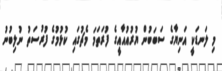
މި ލަނޑަކީ އަނިޔާގެ ސަބަބުން ޔުރުއުއާއީގެ ފުރަތަމަ މެޗުގައި ކުޅުމުގެ ފުރުސަތު ނުލިބުނު